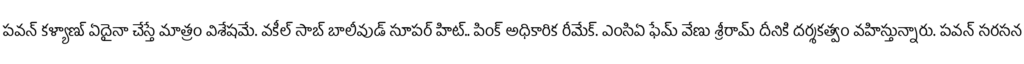
పవన్ కళ్యాణ్ ఏదైనా చేస్తే మాత్రం విశేషమే. వకీల్ సాబ్ బాలీవుడ్ సూపర్ హిట్.. పింక్ అధికారిక రీమేక్. ఎంసిఏ ఫేమ్ వేణు శ్రీరామ్ దీనికి దర్శకత్వం వహిస్తున్నారు. పవన్ సరసన